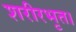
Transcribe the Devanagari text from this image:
शरीरभृत।